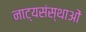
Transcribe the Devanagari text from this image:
नाट्यसंस्थाओं